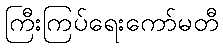
ကြီးကြပ်ရေးကော်မတီ